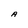
Character: A